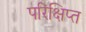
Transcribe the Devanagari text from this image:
परिक्षिप्त